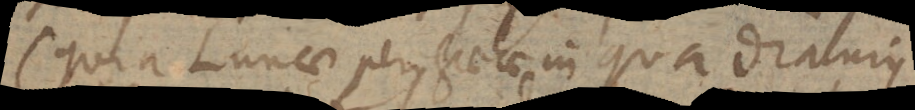
(quia Lunae perigaeae in quadraturis